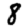
Digit: 8